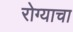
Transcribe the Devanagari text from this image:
रोग्याचा